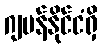
ဂျပန်နိုင်ငံရှိ